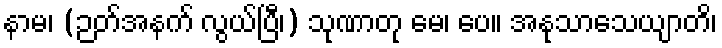
နာမ၊ (ဉတ်အနက် လွယ်ပြီ၊) သုဏာတု မေ၊ ပေ။ အနုသာသေယျာတိ၊